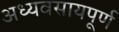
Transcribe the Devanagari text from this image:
अध्यवसायपूर्ण